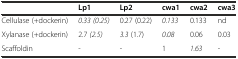
<table><thead><tr><td></td><td><b>Lp1</b></td><td><b>Lp2</b></td><td><b>cwa1</b></td><td><b>cwa2</b></td><td><b>cwa3</b></td></tr></thead><tbody><tr><td>Cellulase (+dockerin)</td><td><i>0.33 (0.25)</i></td><td>0.27 (0.22)</td><td><i>0.133</i></td><td>0.133</td><td>nd</td></tr><tr><td>Xylanase (+dockerin)</td><td>2.7 <i>(2.5)</i></td><td><i>3.3</i> (1.7)</td><td><i>0.08</i></td><td>0.06</td><td>0.03</td></tr><tr><td>Scaffoldin</td><td>-</td><td>-</td><td>1</td><td><i>1.63</i></td><td>-</td></tr></tbody></table>